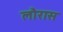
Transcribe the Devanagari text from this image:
लौरास